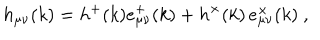
h _ { \mu \nu } ( k ) = h ^ { + } ( k ) e _ { \mu \nu } ^ { + } ( k ) + h ^ { \times } ( k ) \, e _ { \mu \nu } ^ { \times } ( k ) \ ,